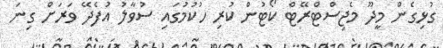
ގުޅިގެން މީދޫ މެޖިސްޓްރޭޓް ކޯޓުން ކުރި ހުކުމުގައި ސުވާލު އުފެދޭ ވަރަށް ގިނަ